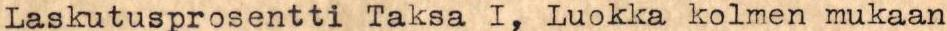
Laskutusprosentti Taksa I, Luokka kolmen mukaan